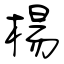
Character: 楊